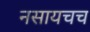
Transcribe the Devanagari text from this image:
नसायचच